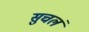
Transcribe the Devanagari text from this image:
सुचलं